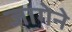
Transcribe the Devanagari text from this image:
जागेने